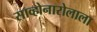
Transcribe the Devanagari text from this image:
साव्होनारोलाला